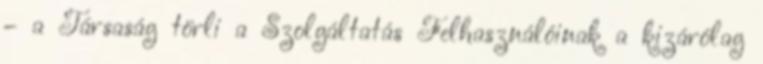
– a Társaság törli a Szolgáltatás Felhasználóinak a kizárólag